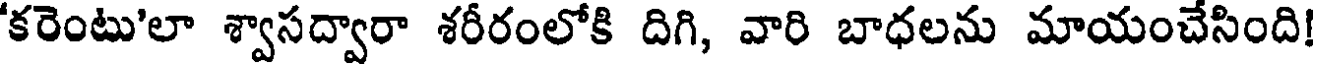
'కరెంటు'లా శ్వాసద్వారా శరీరంలోకి దిగి, వారి బాధలను మాయంచేసింది